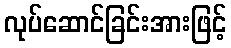
လုပ်ဆောင်ခြင်းအားဖြင့်